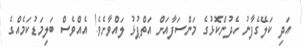
އަދި ކަލޭގެފާނު ހެދުންކޮޅުގެ މަންސަފާއަށް އަތްޕުޅު ލައްވާށެވެ! އެއްވެސް ބަލިމަޑުކަމެއްގެ